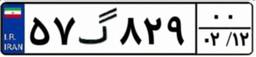
۵۷گ۸۲۹۰۰